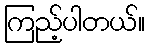
ကြည့်ပါတယ်။